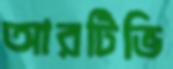
আরটিভি